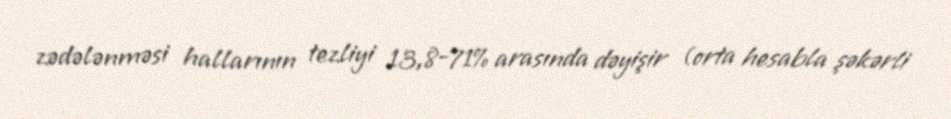
zədələnməsi hallarının tezliyi 13,8-71% arasında dəyişir (orta hesabla şəkərli